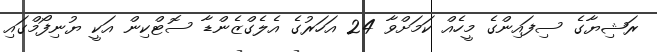
ރަޝިޔާގެ ސިފައިންގެ މީހެއް ކަމަށްވާ 24 އަހަރުގެ އެލެގްޒެންޑާ ސޮޓްކިން އަކީ ޔުނިފޯމްގައި